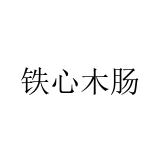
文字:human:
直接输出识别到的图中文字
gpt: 铁心木肠